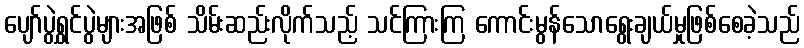
ပျော်ပွဲရွှင်ပွဲများအဖြစ် သိမ်းဆည်းလိုက်သည့် သင်ကြားကြ ကောင်းမွန်သောရွေးချယ်မှုဖြစ်စေခဲ့သည်